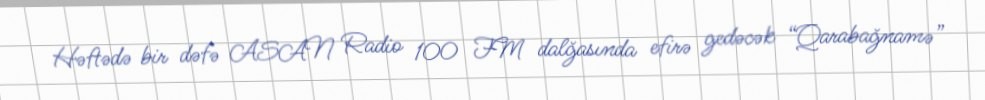
Həftədə bir dəfə ASAN Radio 100 FM dalğasında efirə gedəcək “Qarabağnamə”